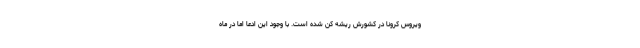
ویروس کرونا در کشورش ریشه کن شده است. با وجود این ادعا اما در ماه